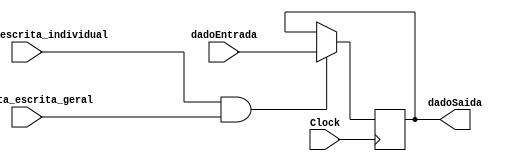
module register16bits(dadoEntrada,habilita_escrita_individual,habilita_escrita_geral,Clock,dadoSaida);
  parameter n = 16;
  input [n-1:0]dadoEntrada;
  input habilita_escrita_individual,habilita_escrita_geral,Clock;
  output reg [n-1:0]dadoSaida;
  always@(posedge Clock)begin
    if(habilita_escrita_individual&habilita_escrita_geral == 1)
      dadoSaida = dadoEntrada;
  end
endmodule